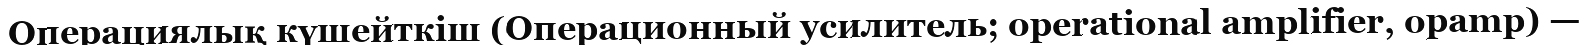
Операциялық күшейткіш (Операционный усилитель; operational amplifier, opamp) —